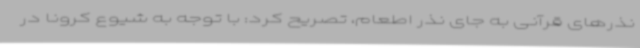
نذرهای قرآنی به جای نذر اطعام، تصریح کرد: با توجه به شیوع کرونا در